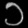
Digit: ၁